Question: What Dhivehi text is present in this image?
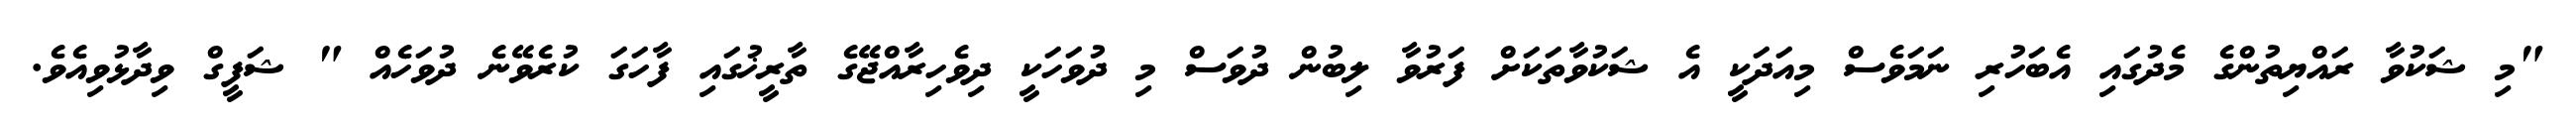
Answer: "މި ޝަކުވާ ރައްޔިތުންގެ މެދުގައި އެބަހުރި ނަމަވެސް މިއަދަކީ އެ ޝަކުވާތަކަށް ފަރުވާ ލިބުން ދުވަސް މި ދުވަހަކީ ދިވެހިރާއްޖޭގެ ތާރީޚުގައި ފާހަގަ ކުރެވޭނެ ދުވަހެއް " ޝަފީގް ވިދާޅުވިއެވެ.